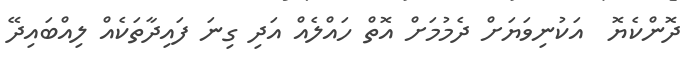
ދޮންކެޔޮ  އަކުނިވަޔަށް ދެމުމަށް އޮތް ހައްލެއް އަދި ގިނަ ފައިދާތަކެއް ލިއްބައިދޭ